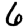
Digit: 6